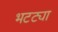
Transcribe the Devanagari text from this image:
भटट्या